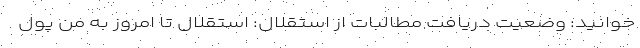
خوانید: وضعیت دریافت مطالبات از استقلال: استقلال تا امروز به من پول